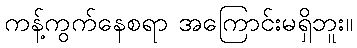
ကန့်ကွက်နေစရာ အကြောင်းမရှိဘူး။